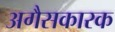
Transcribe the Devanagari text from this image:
अगैसकारक